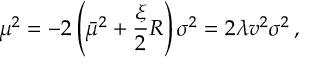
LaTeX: \mu ^ { 2 } = - 2 \left( \bar { \mu } ^ { 2 } + \frac { \xi } { 2 } R \right) \sigma ^ { 2 } = 2 \lambda v ^ { 2 } \sigma ^ { 2 } \, { , }